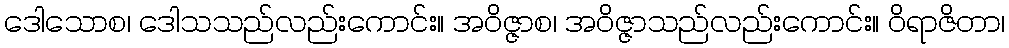
ဒေါသောစ၊ ဒေါသသည်လည်းကောင်း။ အဝိဇ္ဇာစ၊ အဝိဇ္ဇာသည်လည်းကောင်း။ ဝိရာဇိတာ၊